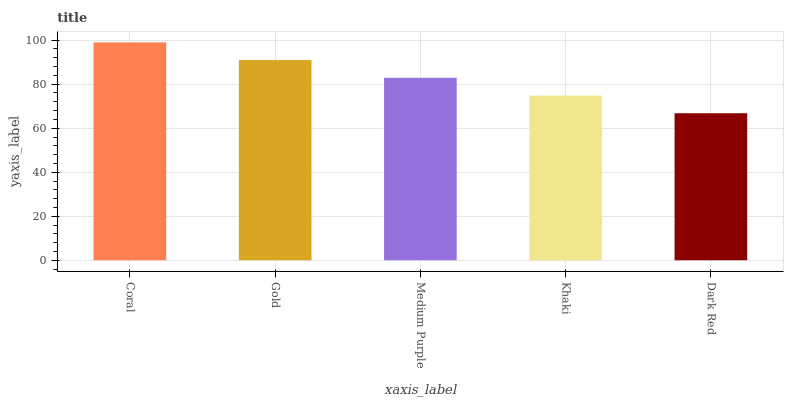
| xaxis_label | bars |
 | --- | --- |
 | Coral | 99 |
 | Gold | 91 |
 | Medium Purple | 82.9 |
 | Khaki | 74.9 |
 | Dark Red | 66.8 |